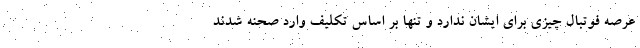
عرصه فوتبال چیزی برای ایشان ندارد و تنها بر اساس تکلیف وارد صحنه شدند